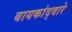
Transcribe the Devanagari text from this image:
बायकांद्वारे